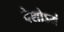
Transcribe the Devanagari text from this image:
देशोऽयं